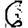
Digit: 6